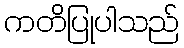
ကတိပြုပါသည်